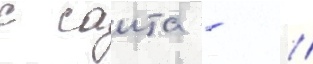
с саита - //